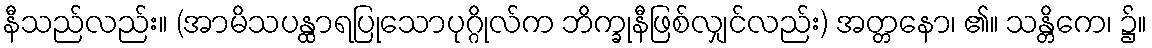
နီသည်လည်း။ (အာမိသပန္ထာရပြုသောပုဂ္ဂိုလ်က ဘိက္ခုနီဖြစ်လျှင်လည်း) အတ္တနော၊ ၏။ သန္တိကေ၊ ၌။